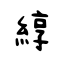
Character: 綧